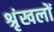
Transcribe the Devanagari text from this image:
श्रृंखलों